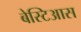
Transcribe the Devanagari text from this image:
बेस्टिआस